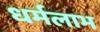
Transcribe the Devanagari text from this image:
धर्मलाभ